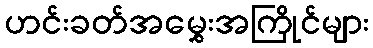
ဟင်းခတ်အမွှေးအကြိုင်များ